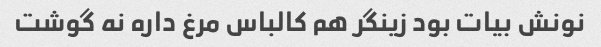
نونش بیات بود زینگر هم کالباس مرغ داره نه گوشت